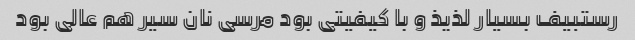
رستبیف بسیار لذیذ و با کیفیتی بود مرسی نان سیر هم عالی بود